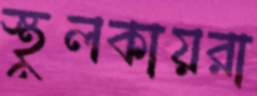
স্থূলকায়রা